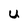
Character: U